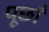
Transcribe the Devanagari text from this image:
पूछाँ